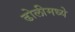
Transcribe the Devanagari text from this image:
ढोलीमध्ये